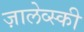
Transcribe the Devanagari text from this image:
ज़ालेव्स्की